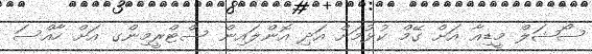
ސޯޝަލް މީޑިއާ އަށް ގޭމް ކުޅުމަށް އަދި އޮންލައިން ސްޓްރީމިންގ އަށް ހާއްސަ